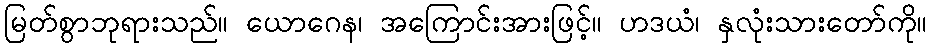
မြတ်စွာဘုရားသည်။ ယောဂေန၊ အကြောင်းအားဖြင့်။ ဟဒယံ၊ နှလုံးသားတော်ကို။